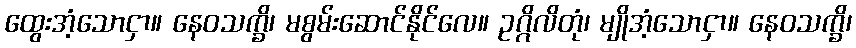
ထွေးအံ့သောငှာ။ နေဝသက္ခိ၊ မစွမ်းဆောင်နိုင်လေ။ ဥဂ္ဂိလိတုံ၊ မျိုအံ့သောငှာ။ နေဝသက္ခိ၊